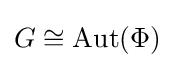
G\cong \operatorname {Aut} (\Phi )